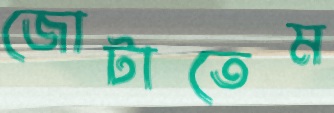
জোটাতেম